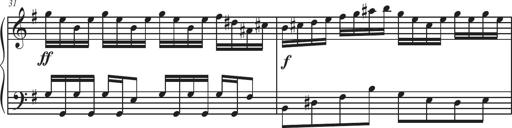
Title: Sonatina Espania
Composer: Jerald Franklin Archer
Key: Various